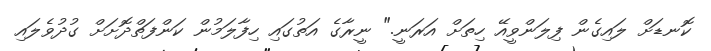
ކޮނޑަށް ލައިގެން ފިލަންވީއޭ ހިތަށް އަރަނީ." ނީރާގެ އަތުގައި ހިފާލަމުން ކަންފަތްދޮށަށް ގުދުވެލައި